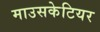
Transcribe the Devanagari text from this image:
माउसकेटियर